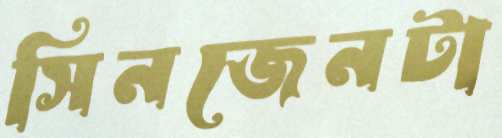
সিনজেনটা